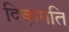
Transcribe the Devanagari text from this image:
दिक्‌पति